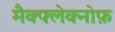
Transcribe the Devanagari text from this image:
मैक्फ्लेक्नोफ़